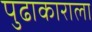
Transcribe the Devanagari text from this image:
पुढाकाराला